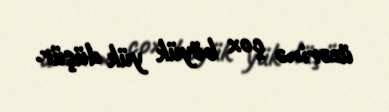
üzərinə çox böyük yük düşür.